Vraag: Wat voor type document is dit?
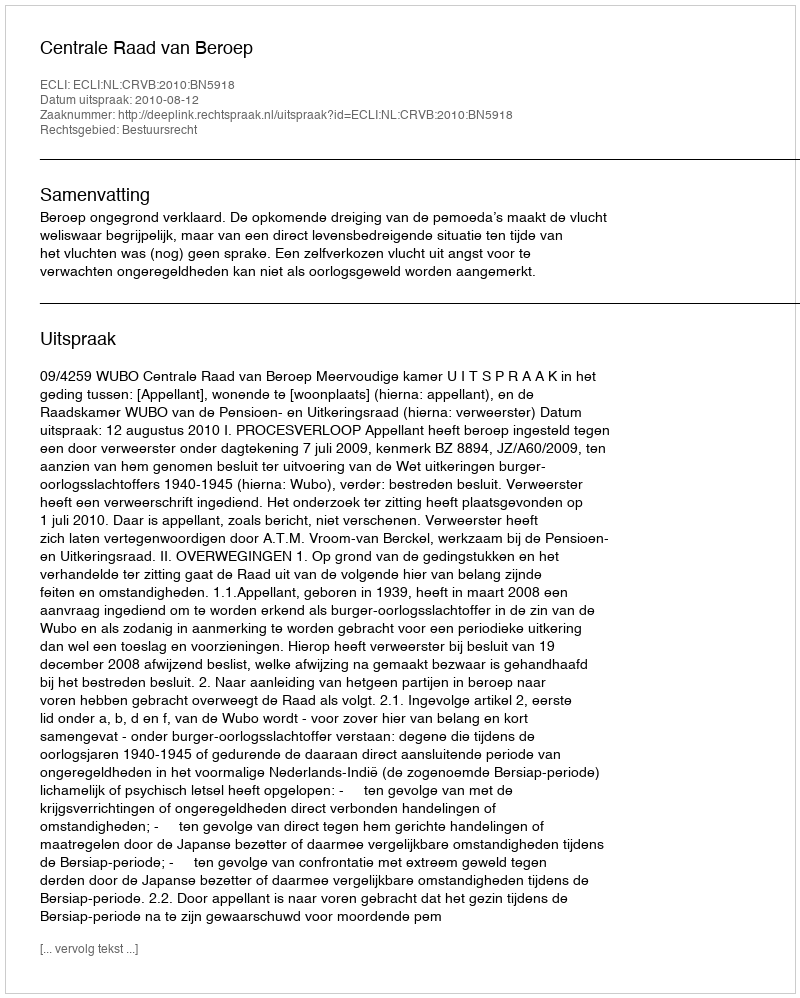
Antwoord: Uitspraak